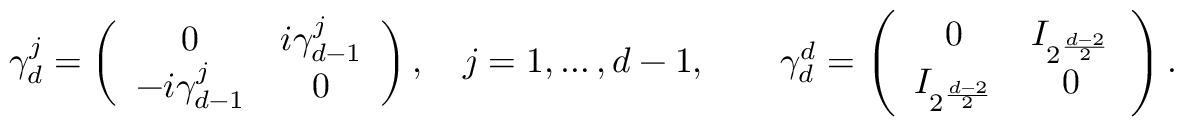
\gamma _ { d } ^ { j } = \left( \begin{array} { c c } { 0 } & { i \gamma _ { d - 1 } ^ { j } } \\ { - i \gamma _ { d - 1 } ^ { j } } & { 0 } \end{array} \right) , \quad j = 1 , \dots , d - 1 , \qquad \gamma _ { d } ^ { d } = \left( \begin{array} { c c } { 0 } & { I _ { 2 ^ { \frac { d - 2 } 2 } } } \\ { I _ { 2 ^ { \frac { d - 2 } 2 } } } & { 0 } \end{array} \right) .